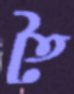
তৈ